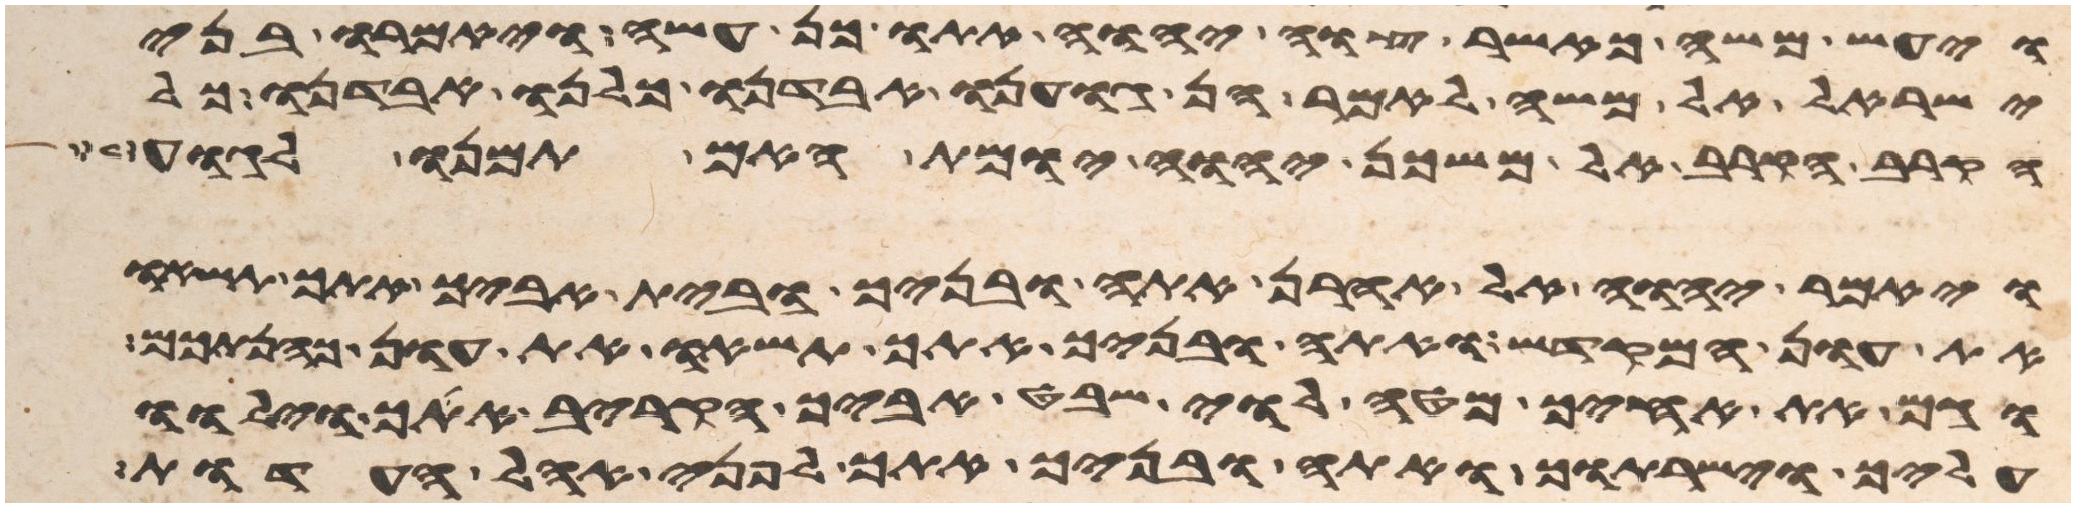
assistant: ויעש משה כאשר צוה יהוה אתו כן עשה ויאמרו בני
ישראל אל משה לאמר הן גוענו אבדנו כלנו אבדנו כל
הקרוב הקרב אל משכן יהוה יומת האם תמנו לגוע
ויאמר יהוה אל אהרן אתה ובניך ובית אביך אתך תשאו
את עון המקדש ואתה ובניך אתך תשאו את עון כהנתכם
וגם את אחיך מטה לוי שבט אביך הקריב אתך וילוו
עליך וישרתוך ואתה ובניך אתך לפני אהל העדות